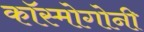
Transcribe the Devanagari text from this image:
कॉस्मोगोनी